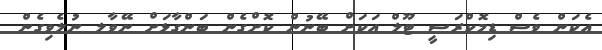
އެކަން ވެސް ޑިމޮކްރަސީ ޓޫލް އަކަށް ބޭނުން ކޮށްގެން ބަންގާޅަށް ނޭވާލ ނުލެވިގެން